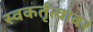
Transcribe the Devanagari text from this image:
स्वकर्तृत्वावर